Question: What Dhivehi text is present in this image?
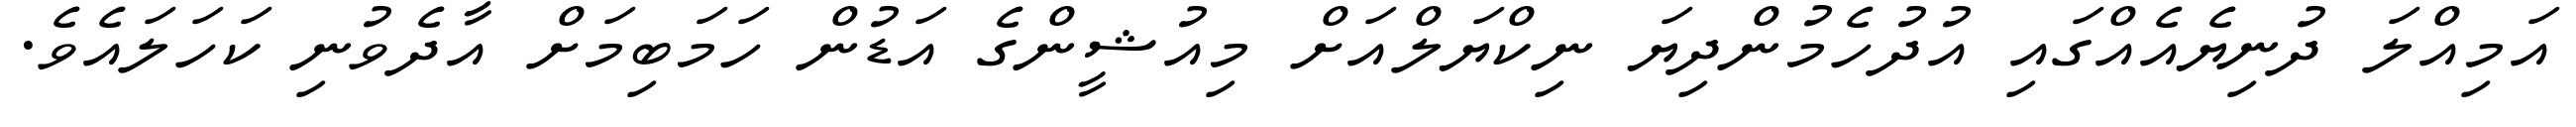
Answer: އަމިއްލަ ދުނިޔެއެއްގައި އުދުހެމުންދިޔަ ނިކްޔަލްއަށް މިއުޝީންގެ އަޑުން ހަމަބިމަށް އާދެވުނި ކަހަލައެވެ.